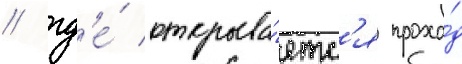
/ гд'е́ открыва́етс'я прохо́д